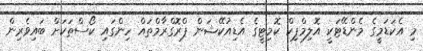
މި އެކަޑަމީގެ މެންޑޭޓަކީ އޮލިމްޕިކް ކޮމިޓީގެ އެޑިއުކޭޝަން ޕްރޮގްރާމްތައް ހިންގައި ކޯސްތަކަށް ބައިވެރިން